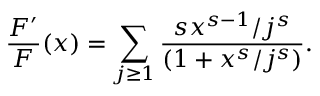
\frac { F ^ { \prime } } { F } ( x ) = \sum _ { j \ge 1 } \frac { s x ^ { s - 1 } / j ^ { s } } { ( 1 + x ^ { s } / j ^ { s } ) } .